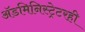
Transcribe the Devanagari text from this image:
अॅडमिनिस्ट्रेटरही